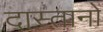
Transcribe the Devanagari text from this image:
दास्तानों